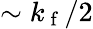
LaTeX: \sim k_{\mathrm{~f~}}/2